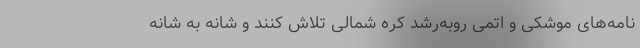
نامه‌های موشکی و اتمی روبه‌رشد کره شمالی تلاش کنند و شانه به شانه